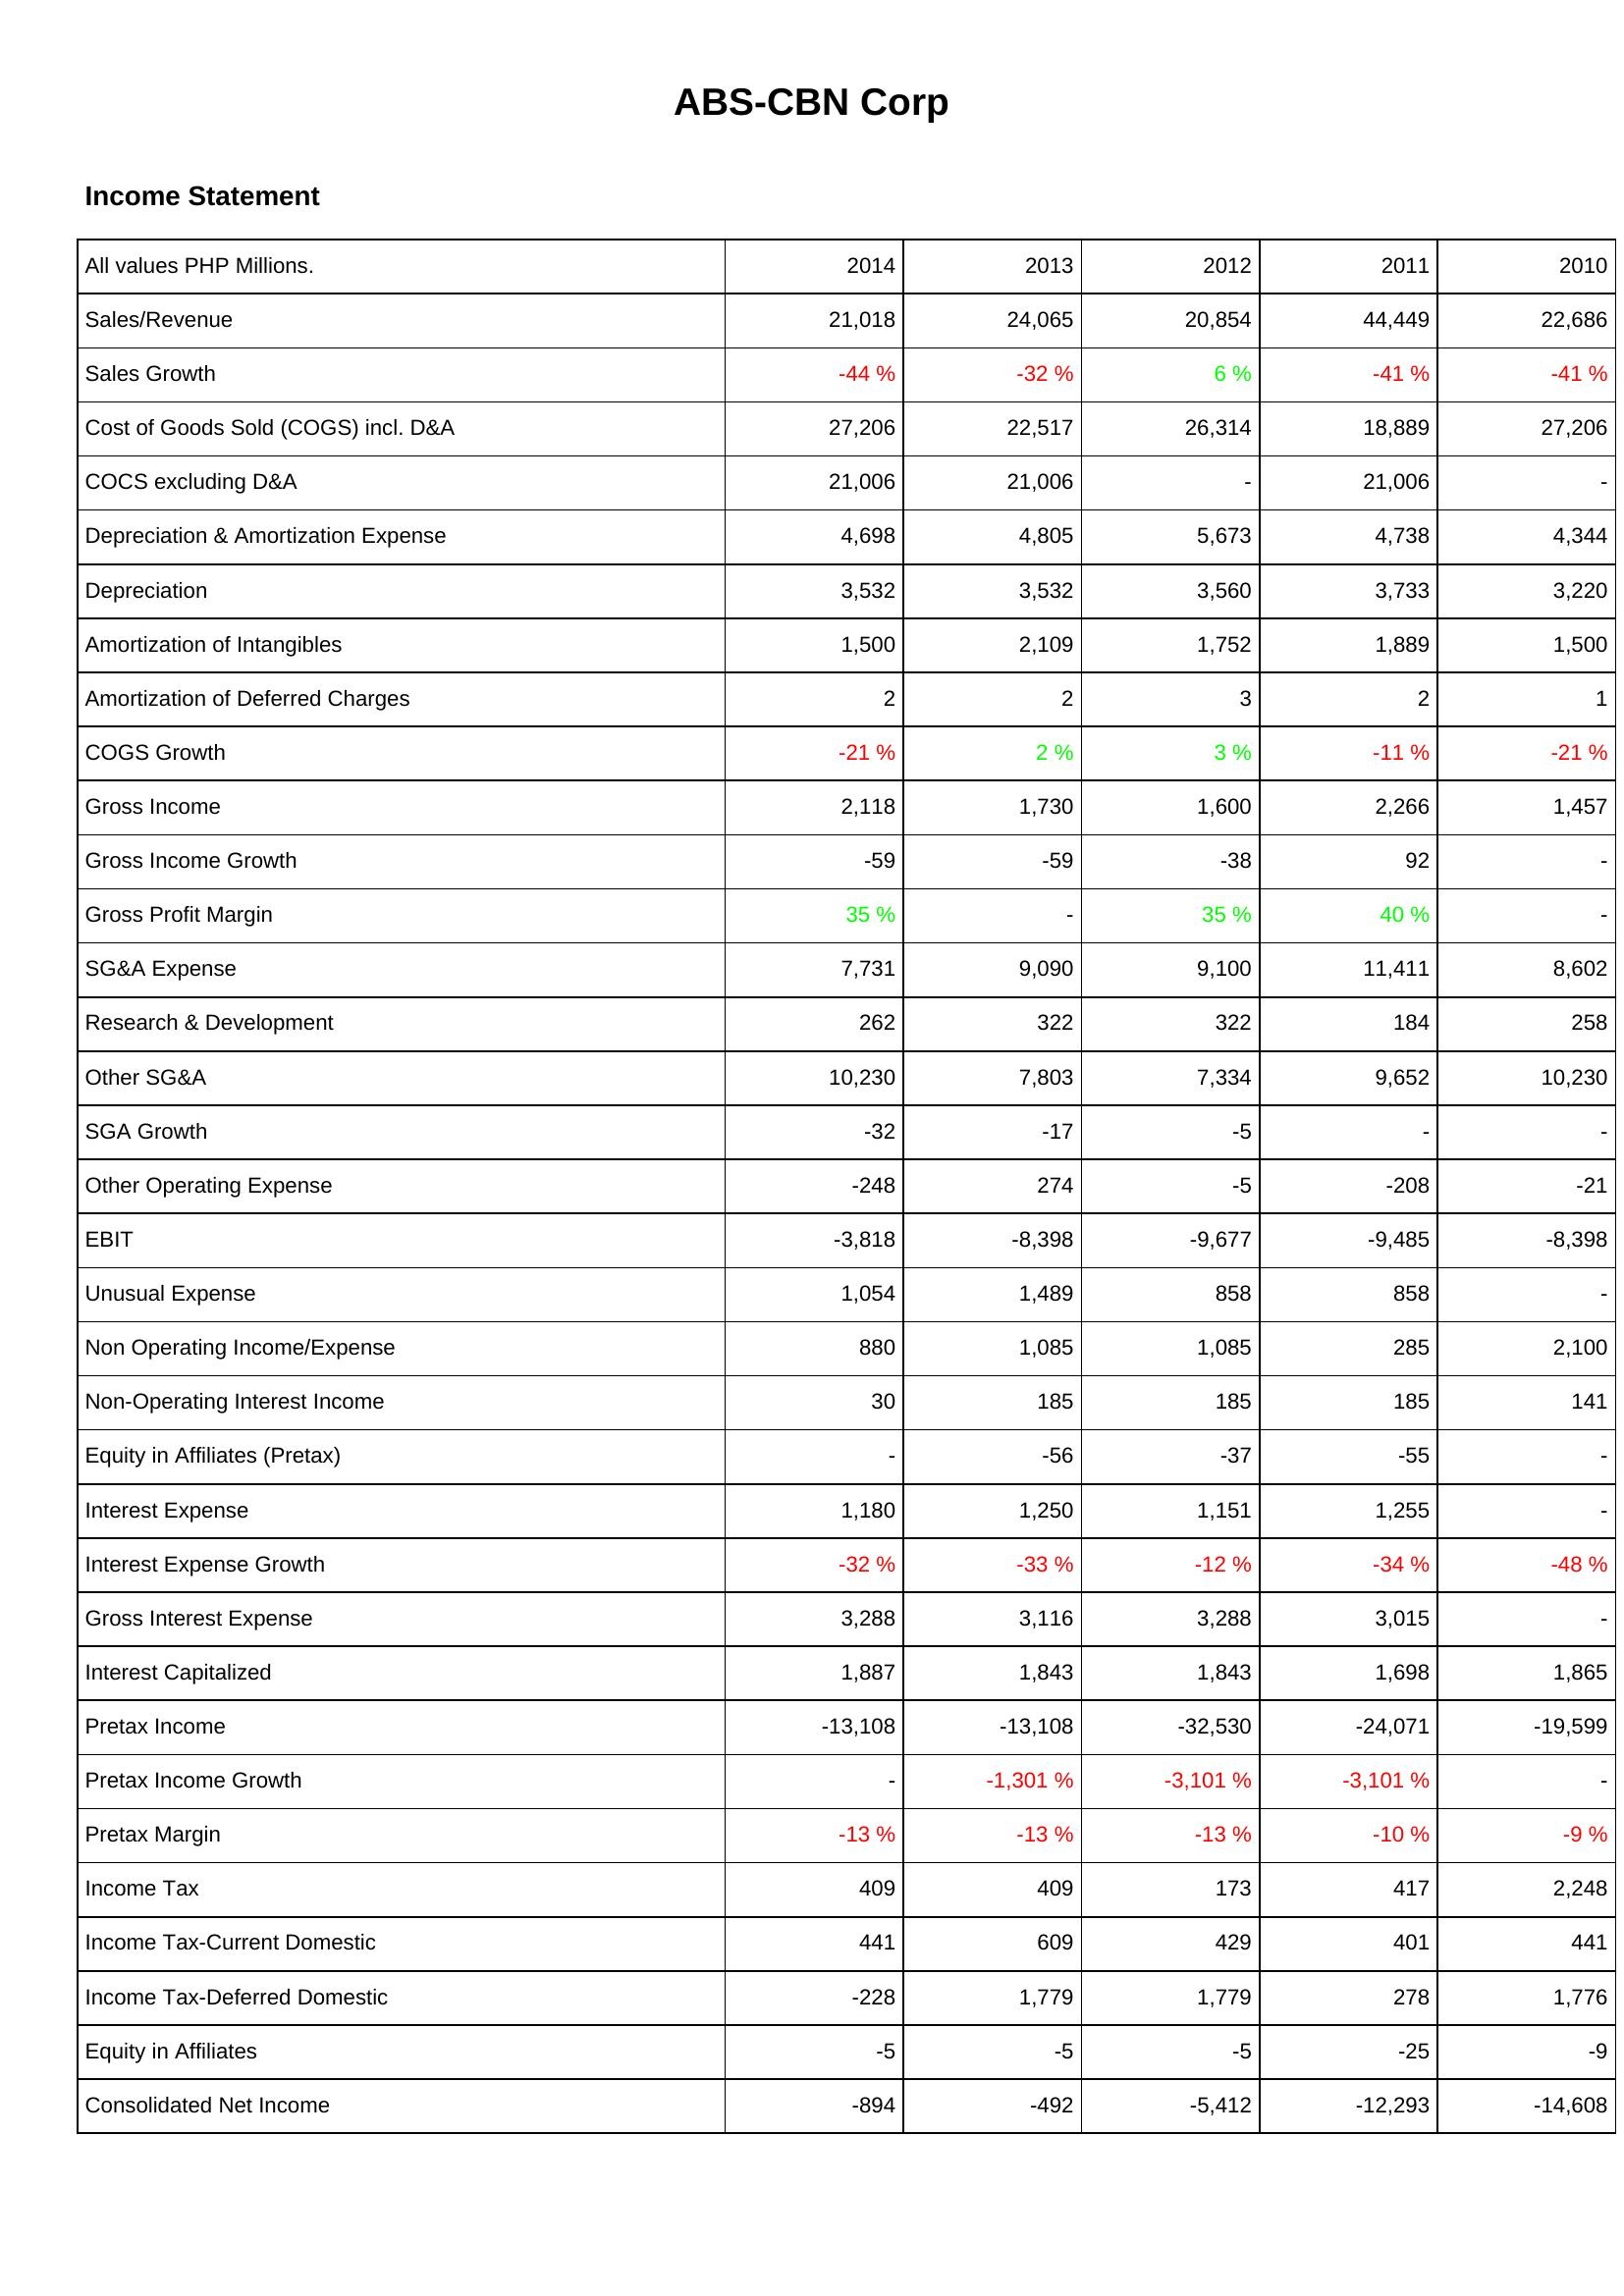
2014: Income Statement: Sales/Revenue: 21,018
Sales Growth: -44 %
Cost of Goods Sold (COGS) incl. D&A: 27,206
COCS excluding D&A: 21,006
Depreciation & Amortization Expense: 4,698
Depreciation: 3,532
Amortization of Intangibles: 1,500
Amortization of Deferred Charges: 2
COGS Growth: -21 %
Gross Income: 2,118
Gross Income Growth: -59
Gross Profit Margin: 35 %
SG&A Expense: 7,731
Research & Development: 262
Other SG&A: 10,230
SGA Growth: -32
Other Operating Expense: -248
EBIT: -3,818
Unusual Expense: 1,054
Non Operating Income/Expense: 880
Non-Operating Interest Income: 30
Equity in Affiliates (Pretax): -
Interest Expense: 1,180
Interest Expense Growth: -32 %
Gross Interest Expense: 3,288
Interest Capitalized: 1,887
Pretax Income: -13,108
Pretax Income Growth: -
Pretax Margin: -13 %
Income Tax: 409
Income Tax-Current Domestic: 441
Income Tax-Deferred Domestic: -228
Equity in Affiliates: -5
Consolidated Net Income: -894
2013: Income Statement: Sales/Revenue: 24,065
Sales Growth: -32 %
Cost of Goods Sold (COGS) incl. D&A: 22,517
COCS excluding D&A: 21,006
Depreciation & Amortization Expense: 4,805
Depreciation: 3,532
Amortization of Intangibles: 2,109
Amortization of Deferred Charges: 2
COGS Growth: 2 %
Gross Income: 1,730
Gross Income Growth: -59
Gross Profit Margin: -
SG&A Expense: 9,090
Research & Development: 322
Other SG&A: 7,803
SGA Growth: -17
Other Operating Expense: 274
EBIT: -8,398
Unusual Expense: 1,489
Non Operating Income/Expense: 1,085
Non-Operating Interest Income: 185
Equity in Affiliates (Pretax): -56
Interest Expense: 1,250
Interest Expense Growth: -33 %
Gross Interest Expense: 3,116
Interest Capitalized: 1,843
Pretax Income: -13,108
Pretax Income Growth: -1,301 %
Pretax Margin: -13 %
Income Tax: 409
Income Tax-Current Domestic: 609
Income Tax-Deferred Domestic: 1,779
Equity in Affiliates: -5
Consolidated Net Income: -492
2012: Income Statement: Sales/Revenue: 20,854
Sales Growth: 6 %
Cost of Goods Sold (COGS) incl. D&A: 26,314
COCS excluding D&A: -
Depreciation & Amortization Expense: 5,673
Depreciation: 3,560
Amortization of Intangibles: 1,752
Amortization of Deferred Charges: 3
COGS Growth: 3 %
Gross Income: 1,600
Gross Income Growth: -38
Gross Profit Margin: 35 %
SG&A Expense: 9,100
Research & Development: 322
Other SG&A: 7,334
SGA Growth: -5
Other Operating Expense: -5
EBIT: -9,677
Unusual Expense: 858
Non Operating Income/Expense: 1,085
Non-Operating Interest Income: 185
Equity in Affiliates (Pretax): -37
Interest Expense: 1,151
Interest Expense Growth: -12 %
Gross Interest Expense: 3,288
Interest Capitalized: 1,843
Pretax Income: -32,530
Pretax Income Growth: -3,101 %
Pretax Margin: -13 %
Income Tax: 173
Income Tax-Current Domestic: 429
Income Tax-Deferred Domestic: 1,779
Equity in Affiliates: -5
Consolidated Net Income: -5,412
2011: Income Statement: Sales/Revenue: 44,449
Sales Growth: -41 %
Cost of Goods Sold (COGS) incl. D&A: 18,889
COCS excluding D&A: 21,006
Depreciation & Amortization Expense: 4,738
Depreciation: 3,733
Amortization of Intangibles: 1,889
Amortization of Deferred Charges: 2
COGS Growth: -11 %
Gross Income: 2,266
Gross Income Growth: 92
Gross Profit Margin: 40 %
SG&A Expense: 11,411
Research & Development: 184
Other SG&A: 9,652
SGA Growth: -
Other Operating Expense: -208
EBIT: -9,485
Unusual Expense: 858
Non Operating Income/Expense: 285
Non-Operating Interest Income: 185
Equity in Affiliates (Pretax): -55
Interest Expense: 1,255
Interest Expense Growth: -34 %
Gross Interest Expense: 3,015
Interest Capitalized: 1,698
Pretax Income: -24,071
Pretax Income Growth: -3,101 %
Pretax Margin: -10 %
Income Tax: 417
Income Tax-Current Domestic: 401
Income Tax-Deferred Domestic: 278
Equity in Affiliates: -25
Consolidated Net Income: -12,293
2010: Income Statement: Sales/Revenue: 22,686
Sales Growth: -41 %
Cost of Goods Sold (COGS) incl. D&A: 27,206
COCS excluding D&A: -
Depreciation & Amortization Expense: 4,344
Depreciation: 3,220
Amortization of Intangibles: 1,500
Amortization of Deferred Charges: 1
COGS Growth: -21 %
Gross Income: 1,457
Gross Income Growth: -
Gross Profit Margin: -
SG&A Expense: 8,602
Research & Development: 258
Other SG&A: 10,230
SGA Growth: -
Other Operating Expense: -21
EBIT: -8,398
Unusual Expense: -
Non Operating Income/Expense: 2,100
Non-Operating Interest Income: 141
Equity in Affiliates (Pretax): -
Interest Expense: -
Interest Expense Growth: -48 %
Gross Interest Expense: -
Interest Capitalized: 1,865
Pretax Income: -19,599
Pretax Income Growth: -
Pretax Margin: -9 %
Income Tax: 2,248
Income Tax-Current Domestic: 441
Income Tax-Deferred Domestic: 1,776
Equity in Affiliates: -9
Consolidated Net Income: -14,608